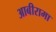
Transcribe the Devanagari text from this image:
आबीरामा